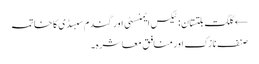
← گلگت بلتستان: ٹیکس ایمنسٹی اور گندم سبسڈی کا خاتمہ
صنفِ نازک اور منافِق معاشرہ۔